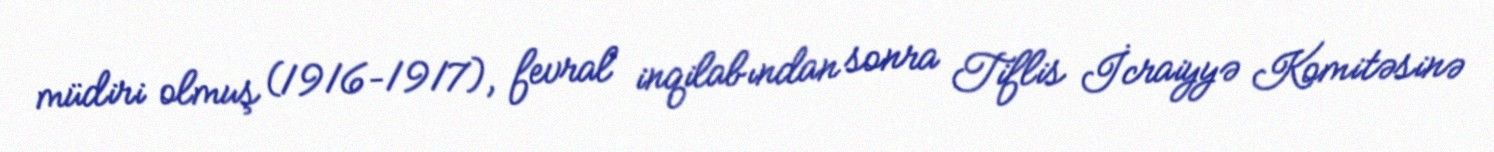
müdiri olmuş (1916–1917), fevral inqilabından sonra Tiflis İcraiyyə Komitəsinə